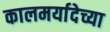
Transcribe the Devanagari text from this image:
कालमर्यादेच्या